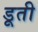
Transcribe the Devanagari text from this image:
डूती